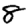
Digit: 8